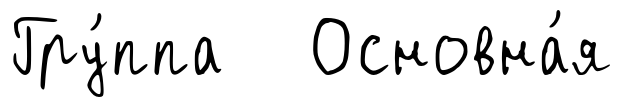
Гру́ппа Основна́я